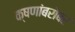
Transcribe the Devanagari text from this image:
क्षणांबरोबर